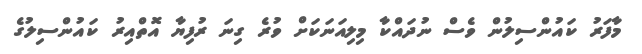
މާފަރު ކައުންސިލުން ވެސް ނުދައްކާ މިލިއަނަކަށް ވުރެ ގިނަ ރުފިޔާ އޮތްއިރު ކައުންސިލުގެ